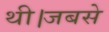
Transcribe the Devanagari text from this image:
थी।जबसे